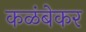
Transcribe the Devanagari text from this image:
कळंबेकर